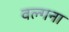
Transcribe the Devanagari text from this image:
वल्गना